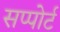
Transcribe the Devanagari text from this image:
सप्पोर्ट